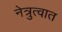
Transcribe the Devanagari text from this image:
नेत्रुत्वात